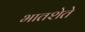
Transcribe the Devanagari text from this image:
भातशेते